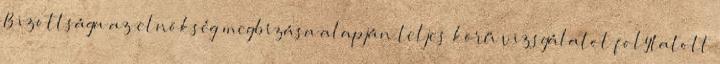
Bizottsága az elnökség megbízása alapján teljes körű vizsgálatot folytatott